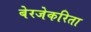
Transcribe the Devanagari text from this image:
बेरजेकरिता